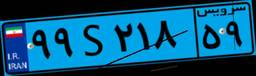
۹۶S۹۳۸۷۹